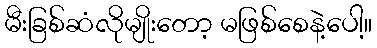
မီးခြစ်ဆံလိုမျိုးတော့ မဖြစ်စေနဲ့ပေါ့။